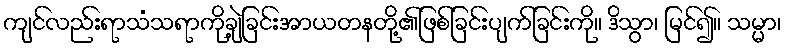
ကျင်လည်းရာသံသရာကိုချဲ့ခြင်းအာယတနတို့၏ဖြစ်ခြင်းပျက်ခြင်းကို။ ဒိသွာ၊ မြင်၍။ သမ္မာ၊